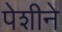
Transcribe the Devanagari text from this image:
पेशीने